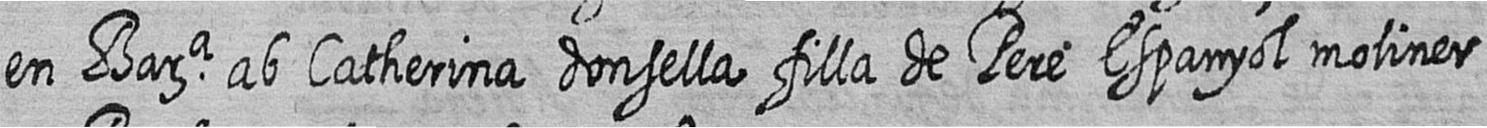
en Bara ab Catherina donsella filla de Pere Espanyol moliner